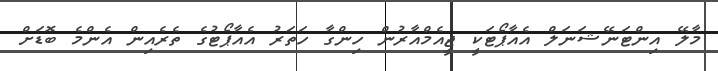
މާލޭ އިންޓަނޭޝަނަލް އެއާޕޯޓަކީ ޖީއެމްއާރުން ހިންގާ ހަތަރު އެއާޕޯޓުގެ ތެރެއިން އެންމެ ބޮޑަށް